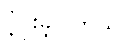
ပံ့ပိုးခဲ့ပါတယ်။